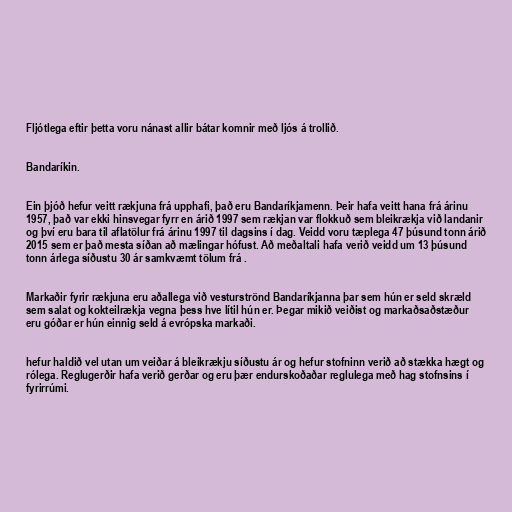
Fljótlega eftir þetta voru nánast allir bátar komnir með ljós á trollið.

Bandaríkin.

Ein þjóð hefur veitt rækjuna frá upphafi, það eru Bandaríkjamenn. Þeir hafa veitt hana frá árinu
1957, það var ekki hinsvegar fyrr en árið 1997 sem rækjan var flokkuð sem bleikrækja við landanir
og því eru bara til aflatölur frá árinu 1997 til dagsins í dag. Veidd voru tæplega 47 þúsund tonn árið
2015 sem er það mesta síðan að mælingar hófust. Að meðaltali hafa verið veidd um 13 þúsund
tonn árlega síðustu 30 ár samkvæmt tölum frá .

Markaðir fyrir rækjuna eru aðallega við vesturströnd Bandaríkjanna þar sem hún er seld skræld
sem salat og kokteilrækja vegna þess hve lítil hún er. Þegar mikið veiðist og markaðsaðstæður
eru góðar er hún einnig seld á evrópska markaði.

hefur haldið vel utan um veiðar á bleikrækju síðustu ár og hefur stofninn verið að stækka hægt og
rólega. Reglugerðir hafa verið gerðar og eru þær endurskoðaðar reglulega með hag stofnsins í
fyrirrúmi.